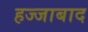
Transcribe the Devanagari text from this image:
हज्जाबाद